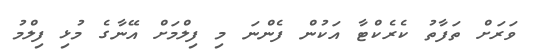
ވަރަށް ތަފާތު ކެރެކްޓާ އަކުން ފެންނަ މި ފިލްމަށް އޭނާގެ މުޅި ފިލްމު